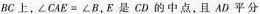
BC上，\angle CAE=\angle B，E是CD的中点. 且AD平分